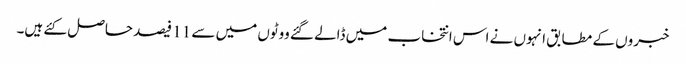
خبروں کے مطابق انہوں نے اس انتخاب میں ڈالے گئے ووٹوں میں سے 11 فیصد حاصل کئے ہیں۔